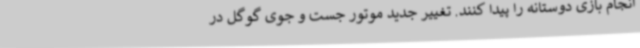
انجام بازی دوستانه را پیدا کنند. تغییر جدید موتور جست و جوی گوگل در